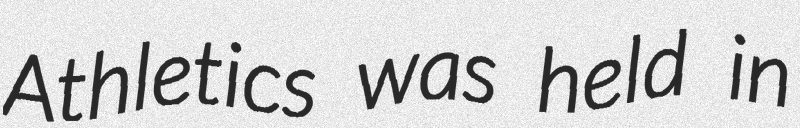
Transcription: Athletics was held in